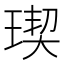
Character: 𤧃